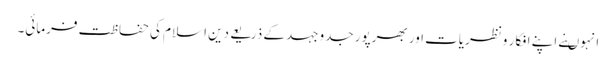
انہوںنے اپنے افکار ونظریات اور بھرپور جدوجہد کے ذریعے دین اسلام کی حفاظت فرمائی۔